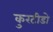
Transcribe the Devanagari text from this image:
कुरटीडो